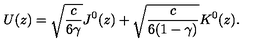
U ( z ) = \sqrt { \frac { c } { 6 \gamma } } J ^ { 0 } ( z ) + \sqrt { \frac { c } { 6 ( 1 - \gamma ) } } K ^ { 0 } ( z ) .